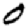
Digit: 0